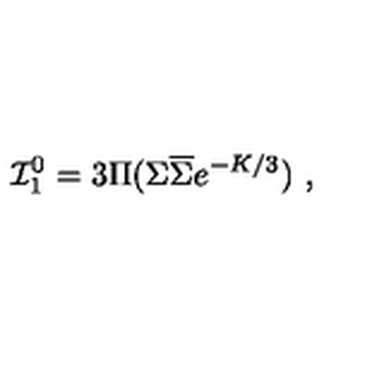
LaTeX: { \cal I } _ { 1 } ^ { 0 } = 3 \Pi ( \Sigma \overline { { \Sigma } } e ^ { - K / 3 } ) \ ,